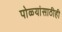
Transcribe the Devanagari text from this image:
पोळ्यांसाठीही